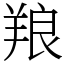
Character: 羪